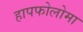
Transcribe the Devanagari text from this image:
हापफोलोमा